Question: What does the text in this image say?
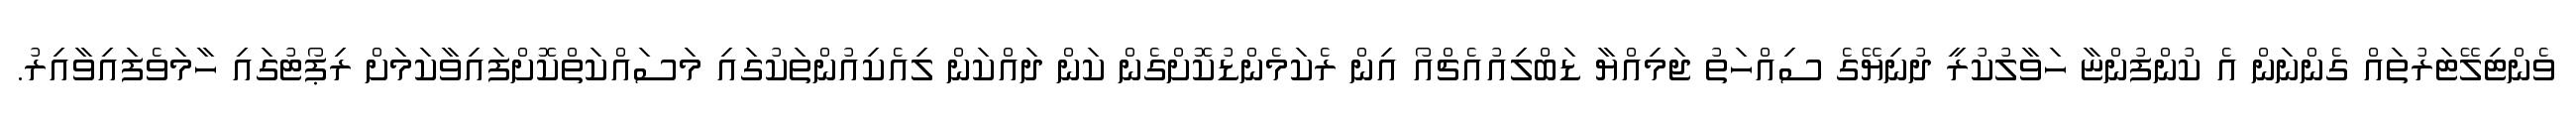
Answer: ވެންޓިލޭޓަރުތައް ގެންނަން އެ ކުންފުންޏާ ހަވާލުކުރީ ދުނިޔޭގެ ސިއްހަތު ޖަމިއްޔާ ޑަބްލިއުއެޗްއޯ އިން ރެކަމެންޑުކޮށްގެން ކަން ދައްކަން ލިއެކިއުންތަކުގައި މަސައްކަތްކޮށްފައިވާކަމަށް ރިޕޯޓުގައި ހާމަވެފައިވާއިރު.